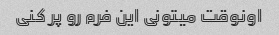
اونوقت میتونی این فرم رو پر کنی